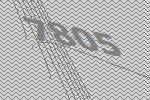
7805